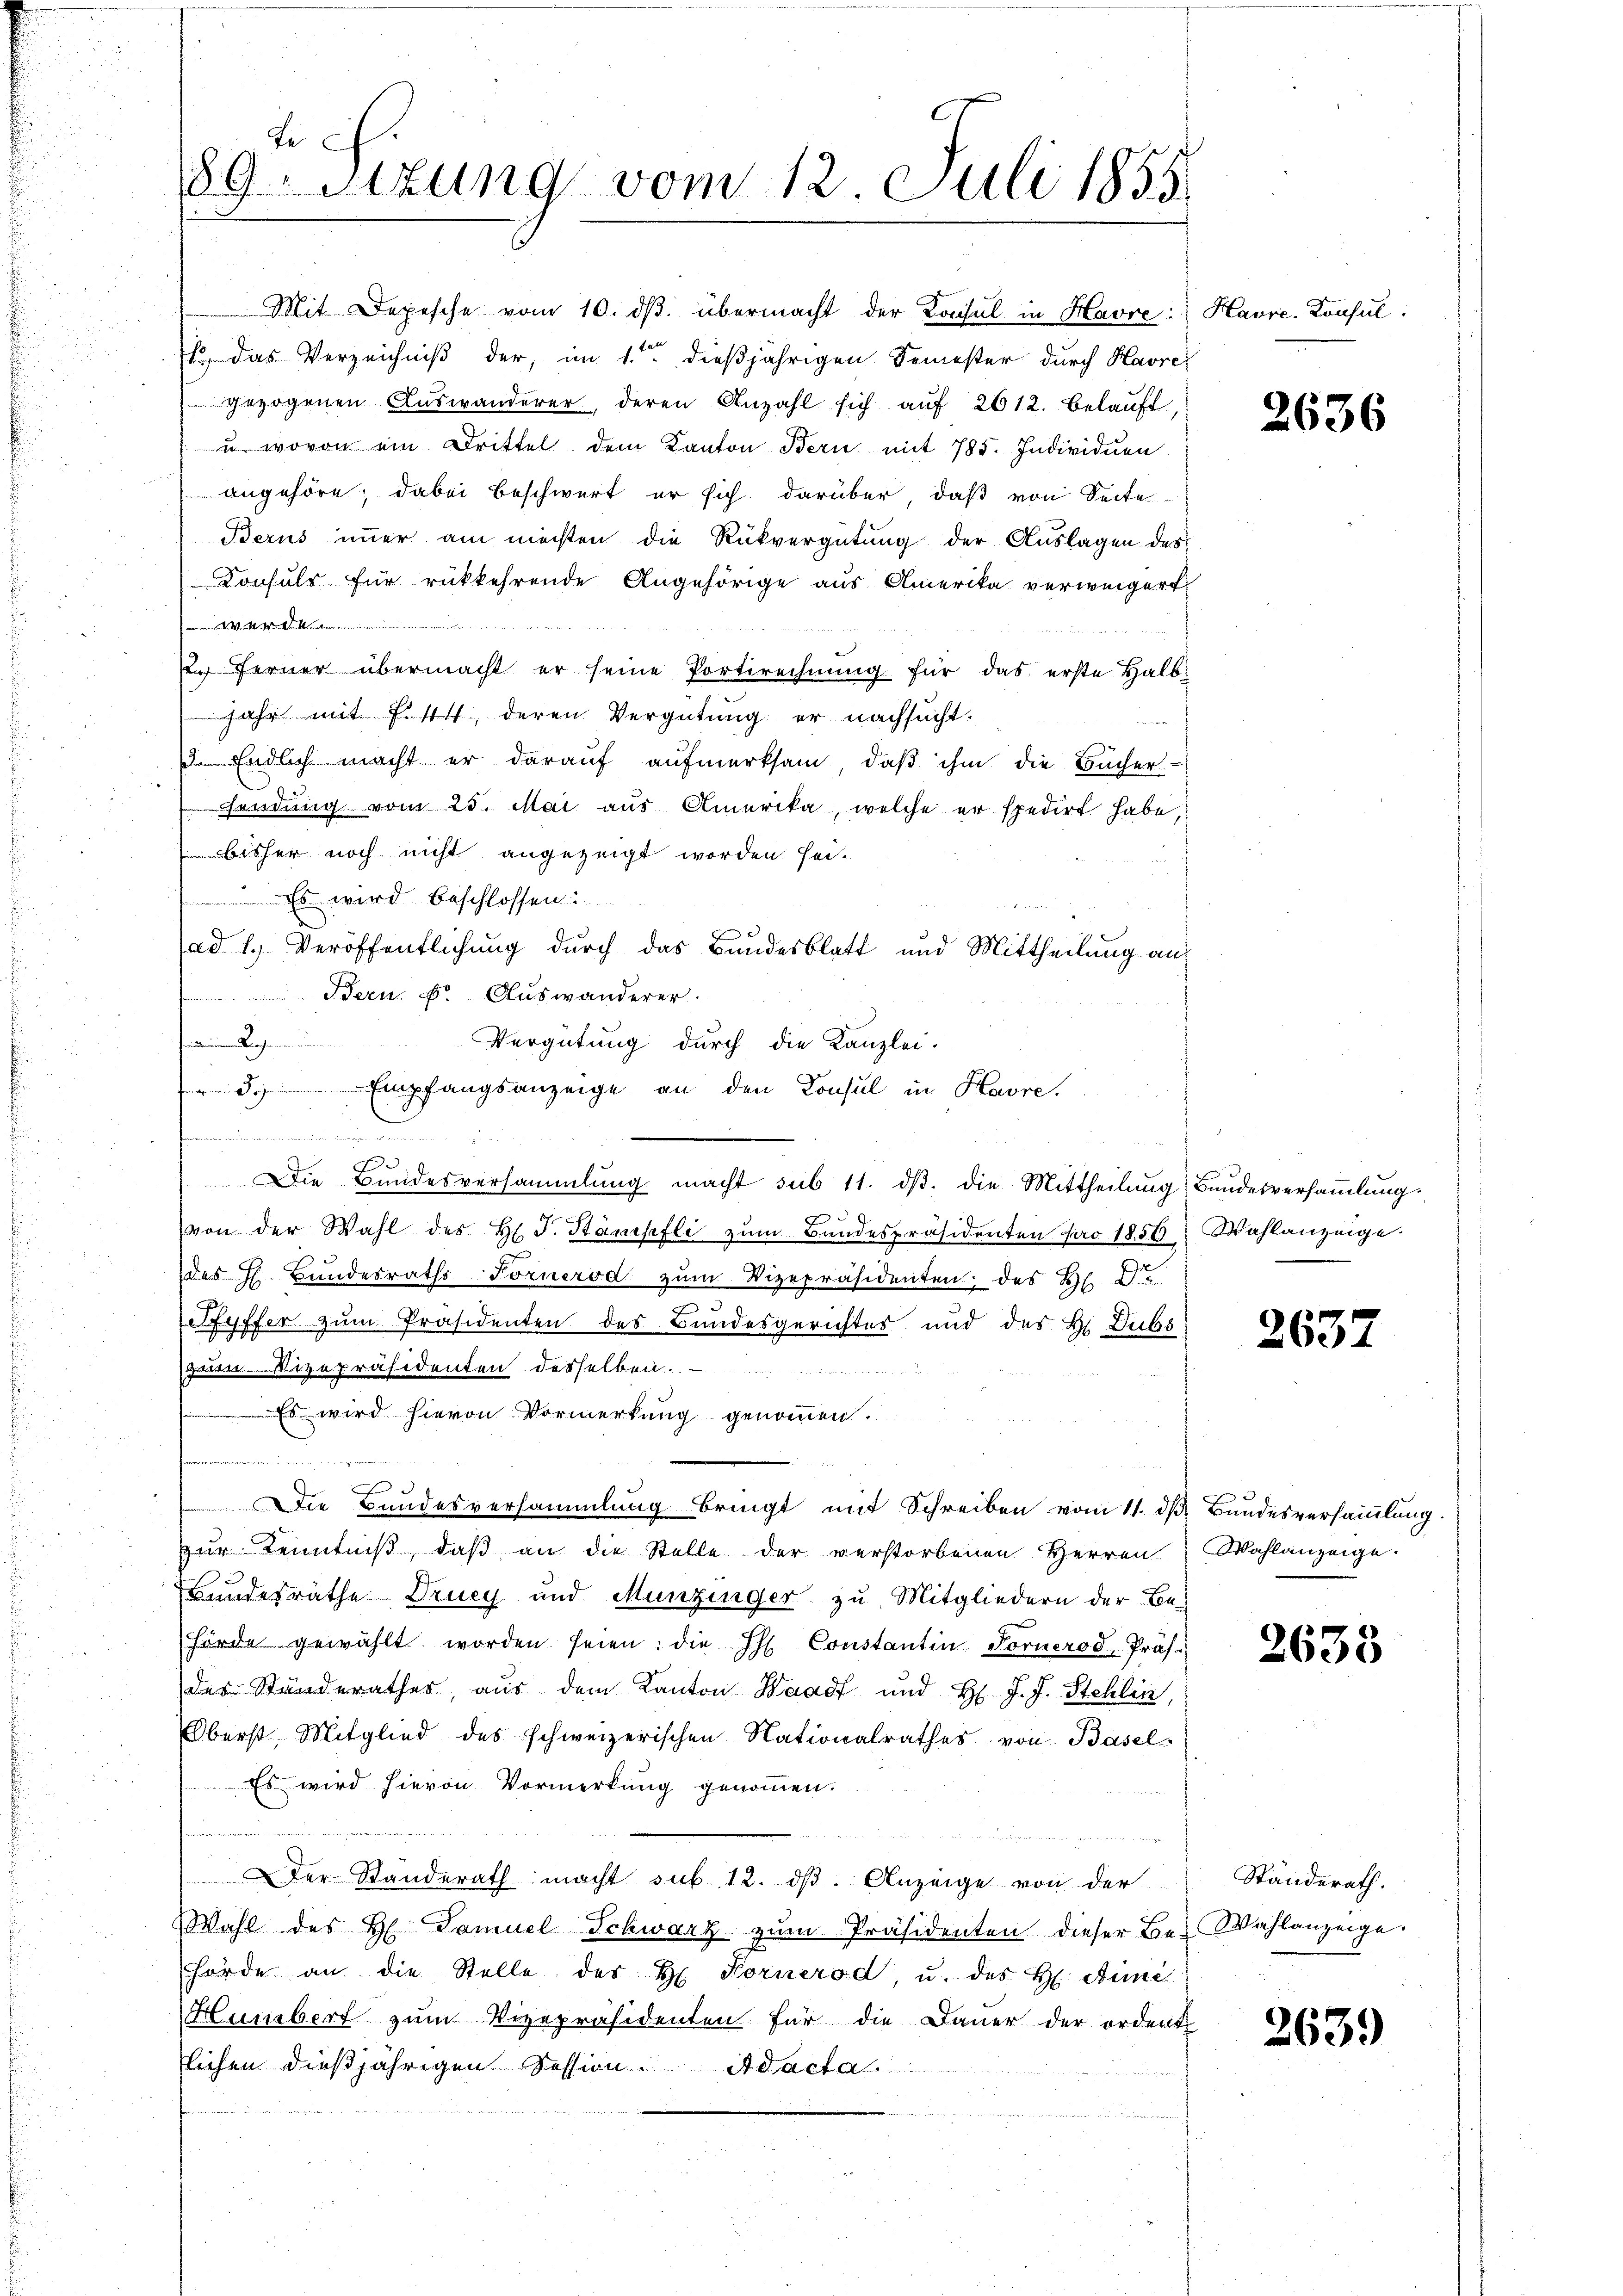
e
189 Sitzung vom 12. Juli 1855

Mit Depesche vom 10. dβ übermacht der Konsul in Havić:
1., das Verzeichniß der, im 1.ten dießjährigen Semester durch Havre
gezogenen Auswanderer, deren Anzahl sich auf 2612. belauft,
u. wovon ein Drittel dem Kanton Berne mit 785. Individuen
angehöre; dabei beschwert er sich darüber, daß von Seite
Berus immer am mechten die Rückvergütung der Auslagen des
Konsuls für rückkehrende Angehörige aus Amerika verweigert
ett und
2. Ferner übermacht er seine Portirechnŭng für das erste Halb-
jahr mit Fistet, deren Vergütung er nachsucht.
d. Endlich macht er darauf aufmerksam, daß ihm die Bücher-
sendung vom 25. Mai aus Amerika, welche er spedirt habe,
bisher noch nicht angezeigt worden sei.
 Es wird beschlossen:
ad 1. Veröffentlichung durch das Bundesblatt und Mittheilung an
Bern d. Auswanderer.

Vergütung durch die Kanzlei.
 Empfangsanzeige an den Konsul in Havre,
meiner
.
Die Bundesversammlung macht sub 11. dβ. die Mittheilung Bundesversammlung.
von der Wahl des H. F. Stämpfli zŭm Bŭndespräsidenten pro 1856 Wahlanzeige.
des H. Bŭndesraths-Fornerod zŭm Vizepräsidenten des Hl. S.
fyffer zum Präsidenten des Bundesgerichtes und des Hr. Dubs
zum. Vizepräsidenten desselben.
Es wird hievon Vormerkung genommen.
Die Bundesversammlung bringt mit Schreiben vom 11. d. Bundesversammlung.
zur Kenntniß, daß an die Stelle der verstorbenen Herren
Bundesräthe Drucy und Munzinger zu Mitgliedern der Be-
hörde gewählt worden seien: die J. Constantin Fornerod, Präs.
des Standerathes, aus dem Kanton Waadt und H. J. J. Stehlin,
Oberst Mitglied des schweizerischen Nationalrathes von Basel
Es wird hievon Vormerkung genommen.
un
Der Standerath macht sub 12. dβ. Anzeige von der
Wahl des H. Samuel Schwarz zŭm Präsidenten dieser Be-Wahlanzeige.
hörde an die Stelle des H. Kornerod, u. des H. Anne
Humbert zum Vizepräsidenten für die Dauer der ordent
lichen dießjährigen Session. Adacta

Havre-Konsul

2636

263.

Wahlanzeige.

2635

Ständerath.

2639